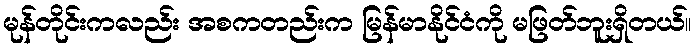
မုန်တိုင်းကလည်း အစကတည်းက မြန်မာနိုင်ငံကို မဖြတ်ဘူးရှိတယ်။